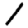
Digit: 1